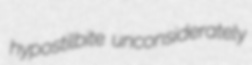
hypostilbite unconsiderately